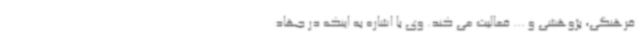
فرهنگی، پژوهشی و ... فعالیت می کند. وی با اشاره به اینکه در جهاد